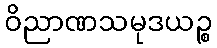
ဝိညာဏသမုဒယဉ္စ